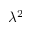
\lambda ^ { 2 }